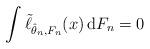
LaTeX: \begin{align*}\int\tilde{\ell}_{\hat{\theta}_n,F_n}(x)\,\mathrm{d}F_n=0\end{align*}